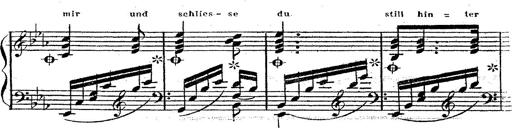
Title: 12 Lieder von Franz Schubert
Composer: Franz Liszt